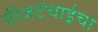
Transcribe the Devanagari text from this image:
वीजटंचाईचा